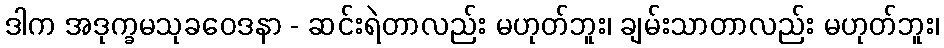
ဒါက အဒုက္ခမသုခဝေဒနာ - ဆင်းရဲတာလည်း မဟုတ်ဘူး၊ ချမ်းသာတာလည်း မဟုတ်ဘူး၊